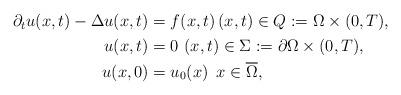
LaTeX: \begin{align*} \begin{aligned} \partial_{t} u(x,t) - \Delta u(x,t) & = f(x,t) \, (x,t) \in Q := \Omega \times (0,T),\\ u(x,t) & = 0 \, \, (x,t) \in \Sigma := \partial \Omega \times (0,T), \\ u(x,0) & = u_{0}(x) \, \, \, x \in \overline{\Omega}, \end{aligned} \end{align*}